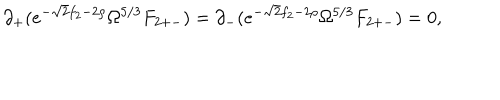
LaTeX: \partial _ { + } ( e ^ { - \sqrt { 2 } f _ { 2 } - 2 \rho } \Omega ^ { 5 / 3 } F _ { 2 + - } ) = \partial _ { - } ( e ^ { - \sqrt { 2 } f _ { 2 } - 2 \rho } \Omega ^ { 5 / 3 } F _ { 2 + - } ) = 0 ,